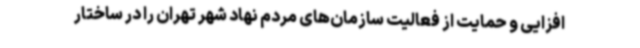
افزایی و حمایت از فعالیت سازمان‌های مردم نهاد شهر تهران را در ساختار